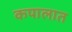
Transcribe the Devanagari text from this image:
कपालात